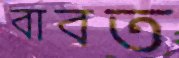
বাবত